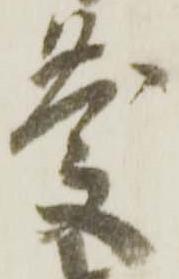
慶